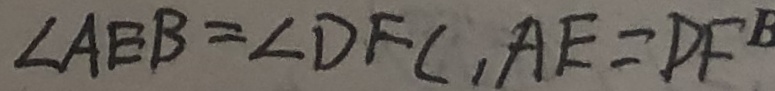
\angle A E B = \angle D F C , A E = D F